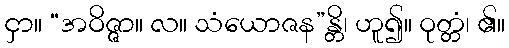
ငှာ။ “အဝိဇ္ဇာ။ လ။ သံယောဇန”န္တိ၊ ဟူ၍။ ဝုတ္တံ၊ ၏။